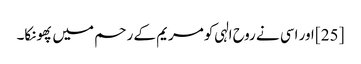
[25] اور اسی نے روح الہی کو مریم کے رحم میں پھونکا۔